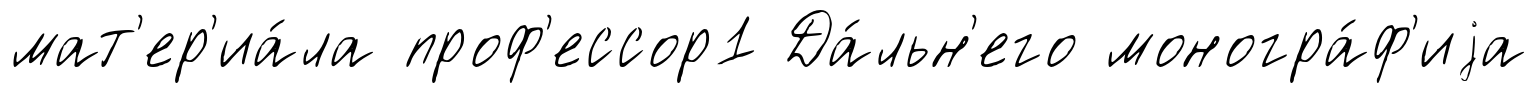
мат'ер'иа́ла проф'ессор1 Да́льн'его моногра́ф'иjа